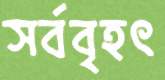
সর্ববৃহৎ